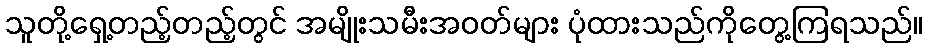
သူတို့ရှေ့တည့်တည့်တွင် အမျိုးသမီးအဝတ်များ ပုံထားသည်ကိုတွေ့ကြရသည်။